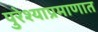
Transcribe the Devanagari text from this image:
पुरेश्याप्रमाणात